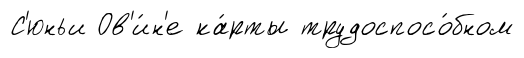
С'юньи Ов'и́н'е ка́рты трудоспосо́бном